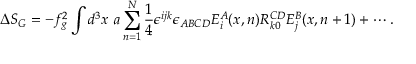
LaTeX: \Delta S _ { G } = - f _ { g } ^ { 2 } \int d ^ { 3 } x ~ a \sum _ { n = 1 } ^ { N } \frac { 1 } { 4 } \epsilon ^ { i j k } \epsilon _ { A B C D } E _ { i } ^ { A } ( x , n ) R _ { k 0 } ^ { C D } E _ { j } ^ { B } ( x , n + 1 ) + \cdots .